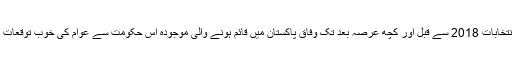
عام انتخابات 2018 سے قبل اور کچھ عرصہ بعد تک وفاق پاکستان میں قائم ہونے والی موجودہ اس حکومت سے عوام کی خوب توقعات تھیں۔